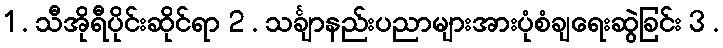
1 . သီအိုရီပိုင်းဆိုင်ရာ 2 . သင်္ချာနည်းပညာများအားပုံစံချရေးဆွဲခြင်း 3 .